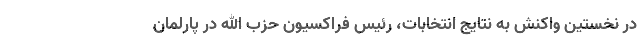
در نخستین واکنش به نتایج انتخابات، رئیس فراکسیون حزب الله در پارلمان